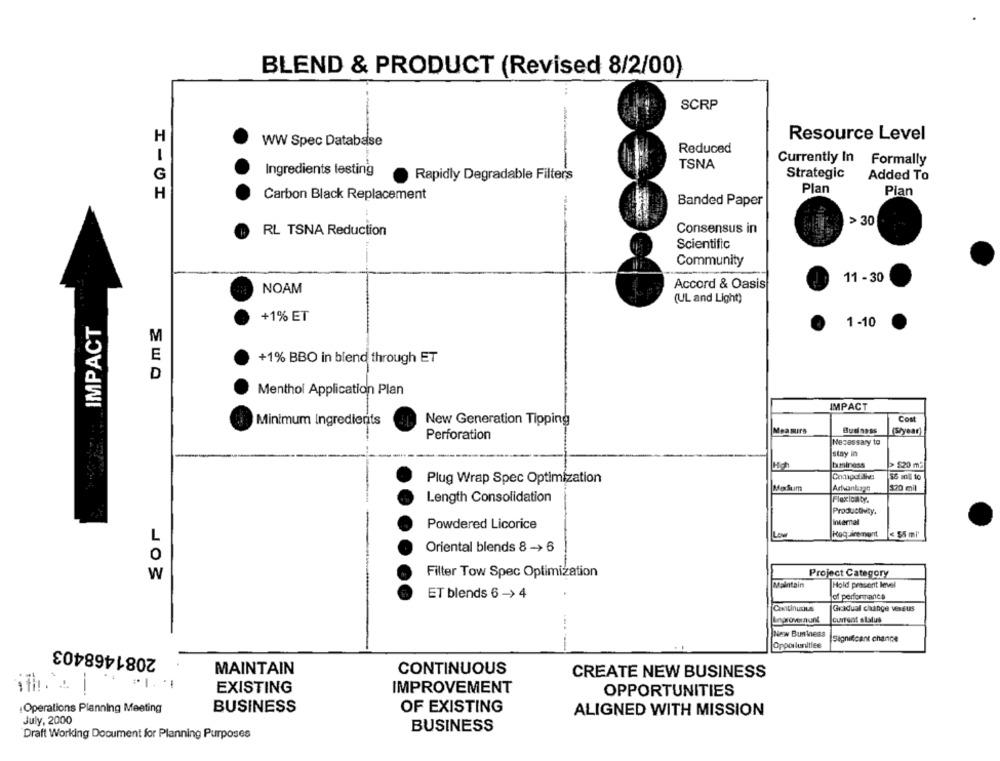
BLEND & PRODUCT (Revised 8/2/00)
SCRP
Resource Level
H
WW Spec Database
Reduced
1
TSNA
Currently In Formally
G
Ingredients testing
Strategic
Added To
Rapidly Degradable Filters
Plan
Plan
H
Carbon Black Replacement
Banded Paper
-
> 30
RL TSNA Reduction
Consensus in
Scientific
Community
11 - 30
NOAM
Accord & Oasis
(UL and Light)
IMPACT
+1% ET
1 -10
M
E
+1% BBO in blend through ET
D
Menthol Application Plan
IMPACT
Cost
Minimum Ingredients
New Generation Tipping
Measure
Bus ness
(Styear)
Perforation
Necessary to
stay in
Hich
business
> $20 m2
Plug Wrap Spec Optimization
Compolithe
MorSum
120 mil
Length Consolidation
Flexicaty.
Productivity.
Powdered Licorice
Intemal
Love
< 55 ml'
L
Haquiremont
Oriental blends 8 -> 6
0
W
Filter Tow Spec Optimization
Project Category
Maintain
Hold prasent level
ET blends 6 -> 4
of performance
Continuous
Gradual change vessus
Current status
New Business
Significant chance
2081468403
Opportunities
MAINTAIN
CONTINUOUS
CREATE NEW BUSINESS
EXISTING
IMPROVEMENT
OPPORTUNITIES
Operations Planning Meeting
BUSINESS
OF EXISTING
ALIGNED WITH MISSION
July, 2000
BUSINESS
Draft Working Document for Planning Purposes